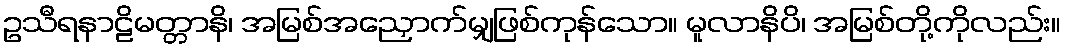
ဥသီရနာဠိမတ္တာနိ၊ အမြစ်အညှောက်မျှဖြစ်ကုန်သော။ မူလာနိပိ၊ အမြစ်တို့ကိုလည်း။